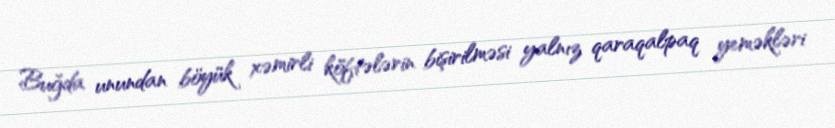
Buğda unundan böyük xəmirli köftələrin bişirilməsi yalnız qaraqalpaq yeməkləri